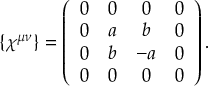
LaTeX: \{ \chi ^ { \mu \nu } \} = \left( \begin{array} { c c c c } { { 0 } } & { { 0 } } & { { 0 } } & { { 0 } } \\ { { 0 } } & { { a } } & { { b } } & { { 0 } } \\ { { 0 } } & { { b } } & { { - a } } & { { 0 } } \\ { { 0 } } & { { 0 } } & { { 0 } } & { { 0 } } \end{array} \right) .